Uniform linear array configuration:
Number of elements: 12
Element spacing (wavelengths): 1
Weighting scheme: hann
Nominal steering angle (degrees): -45
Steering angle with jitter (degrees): -43.782
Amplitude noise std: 0.05
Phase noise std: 0.05

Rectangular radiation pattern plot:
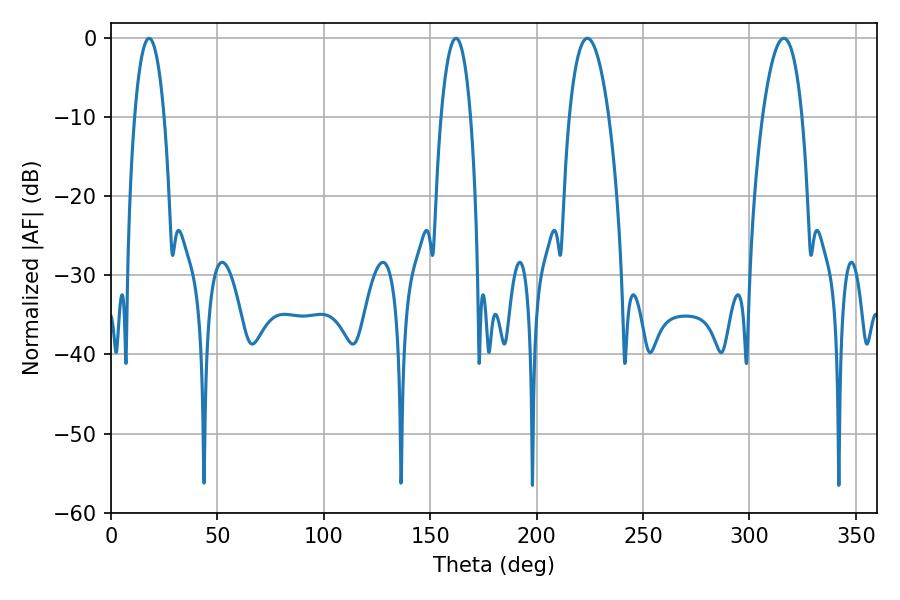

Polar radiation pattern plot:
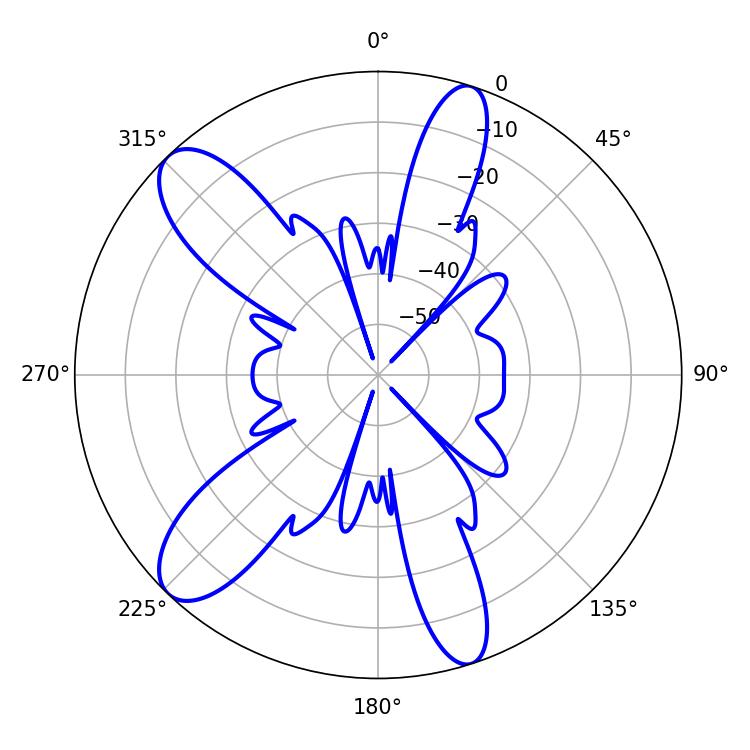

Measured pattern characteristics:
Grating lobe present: TRUE
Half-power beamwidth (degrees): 10.44
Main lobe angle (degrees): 223.92